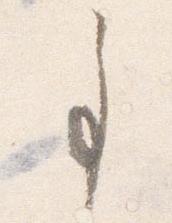
事